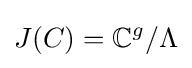
J(C)=\mathbb {C} ^{g}/\Lambda